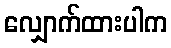
လျှောက်ထားပါက